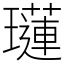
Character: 𤪼